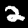
Digit: 2